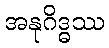
အနုဂိဒ္ဓဿ